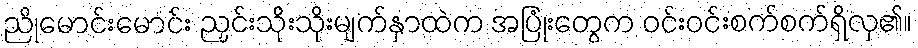
ညိုမောင်းမောင်း ညှင်းသိုးသိုးမျက်နှာထဲက အပြုံးတွေက ဝင်းဝင်းစက်စက်ရှိလှ၏။